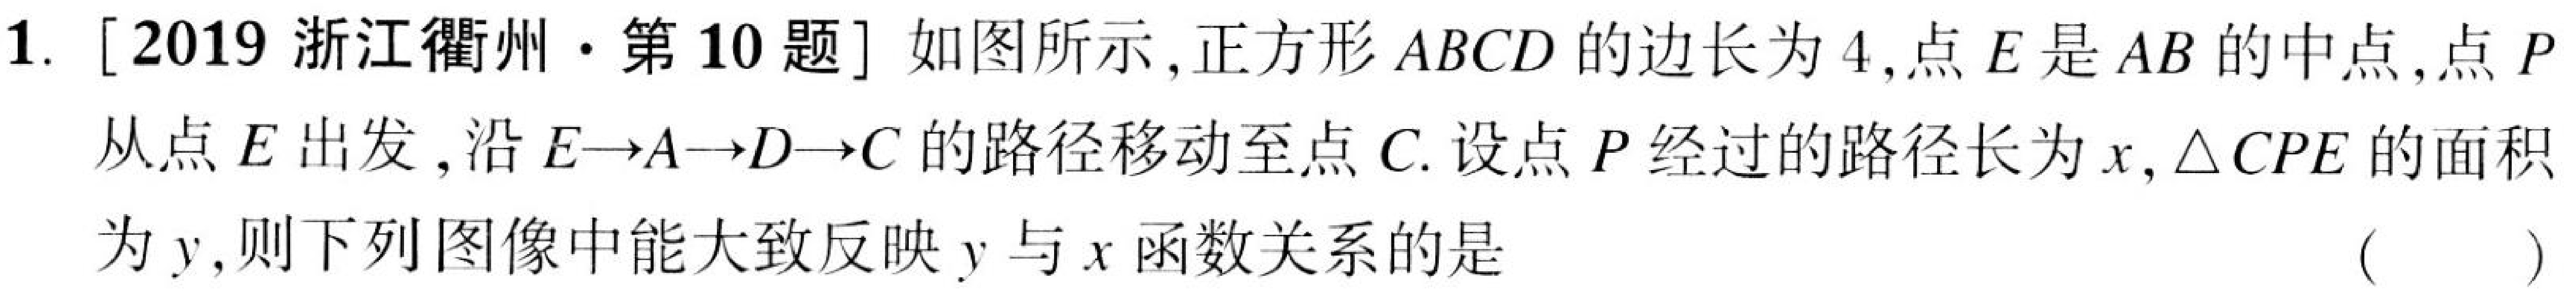
1. [2019 浙江衢州·第10题] 如图所示,正方形 \(ABCD\) 的边长为 \(4\),点 \(E\) 是 \(AB\) 的中点,点 \(P\) 从点 \(E\) 出发,沿 \(E\rightarrow A\rightarrow D\rightarrow C\) 的路径移动至点 \(C\). 设点 \(P\) 经过的路径长为 \(x\),\(\triangle CPE\) 的面积为 \(y\),则下列图像中能大致反映 \(y\) 与 \(x\) 函数关系的是 （  ）